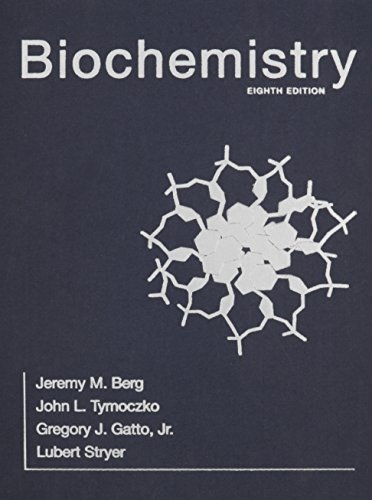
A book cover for Biochemistry; Jeremy M. Berg; Engineering & Transportation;